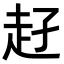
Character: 𧺖